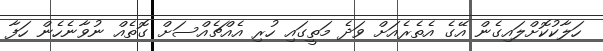
ހަލާކުކޮށްލައިގެން އޭގެ އެތެރެއަށް ވަދެ މަތީގައި ހުރި އެއްޗެއްސަށް ގޮތެއް ނުވާނެހެން ހަފާ